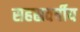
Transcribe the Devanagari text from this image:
सहस्रवर्षीय